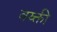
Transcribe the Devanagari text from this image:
वय्क्ती